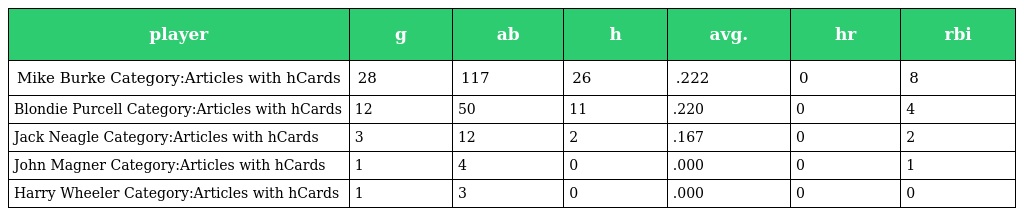
| player | g | ab | h | avg. | hr | rbi |
 | --- | --- | --- | --- | --- | --- | --- |
 | Mike Burke Category:Articles with hCards | 28 | 117 | 26 | .222 | 0 | 8 |
 | Blondie Purcell Category:Articles with hCards | 12 | 50 | 11 | .220 | 0 | 4 |
 | Jack Neagle Category:Articles with hCards | 3 | 12 | 2 | .167 | 0 | 2 |
 | John Magner Category:Articles with hCards | 1 | 4 | 0 | .000 | 0 | 1 |
 | Harry Wheeler Category:Articles with hCards | 1 | 3 | 0 | .000 | 0 | 0 |